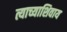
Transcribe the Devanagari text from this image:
त्याच्याशिवाय